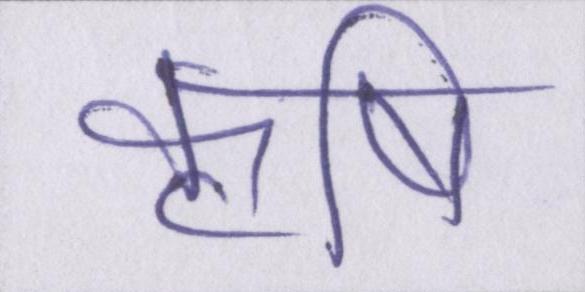
कॄषि